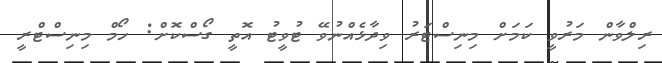
ރިލްވާން މަރުވީ ކަމަށް މިނިސްޓަރު ވިދާޅެއްނުވޭ ޓުވީޓު އޮތީ ގޯސްކޮށް: ހޯމް މިނިސްޓްރީ